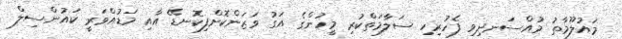
މައުލޫމާތު މުއްސަނދިވި ފެހުރިހި ސަލާމަތްކުރި މީހުންގެ އަގު ވަޒަންކޮށްފިކޮނޑޭ އާއި މަޑުއްވަރީ ކައުންސިލް